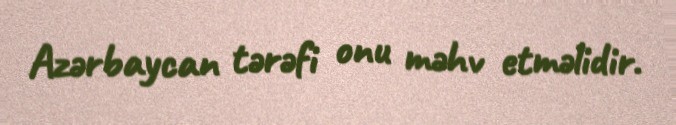
Azərbaycan tərəfi onu məhv etməlidir.